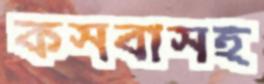
কসবাসহ